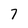
Character: 7